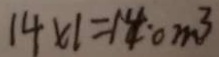
1 4 \times 1 = 1 4 \cdot c m ^ { 3 }